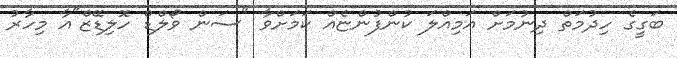
ބަގީގެ ހިދުމަތް ދިނުމަށް އަމިއްލަ ކުންފުންޏެއް ކަމަށްވާ "ސަން ވޯލްޑް ހޮލިޑޭޒް"އާ މިހާރު